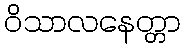
ဝိသာလနေတ္တာ